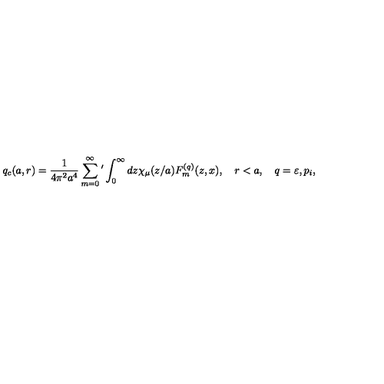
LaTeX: q _ { c } ( a , r ) = \frac { 1 } { 4 \pi ^ { 2 } a ^ { 4 } } \sum _ { m = 0 } ^ { \infty } { ' } \int _ { 0 } ^ { \infty } { d z \chi _ { \mu } ( z / a ) F _ { m } ^ { ( q ) } ( z , x ) } , \quad r < a , \quad q = \varepsilon , p _ { i } ,